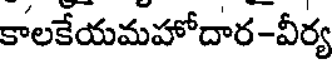
కాలకేయమహోదార-వీర్య